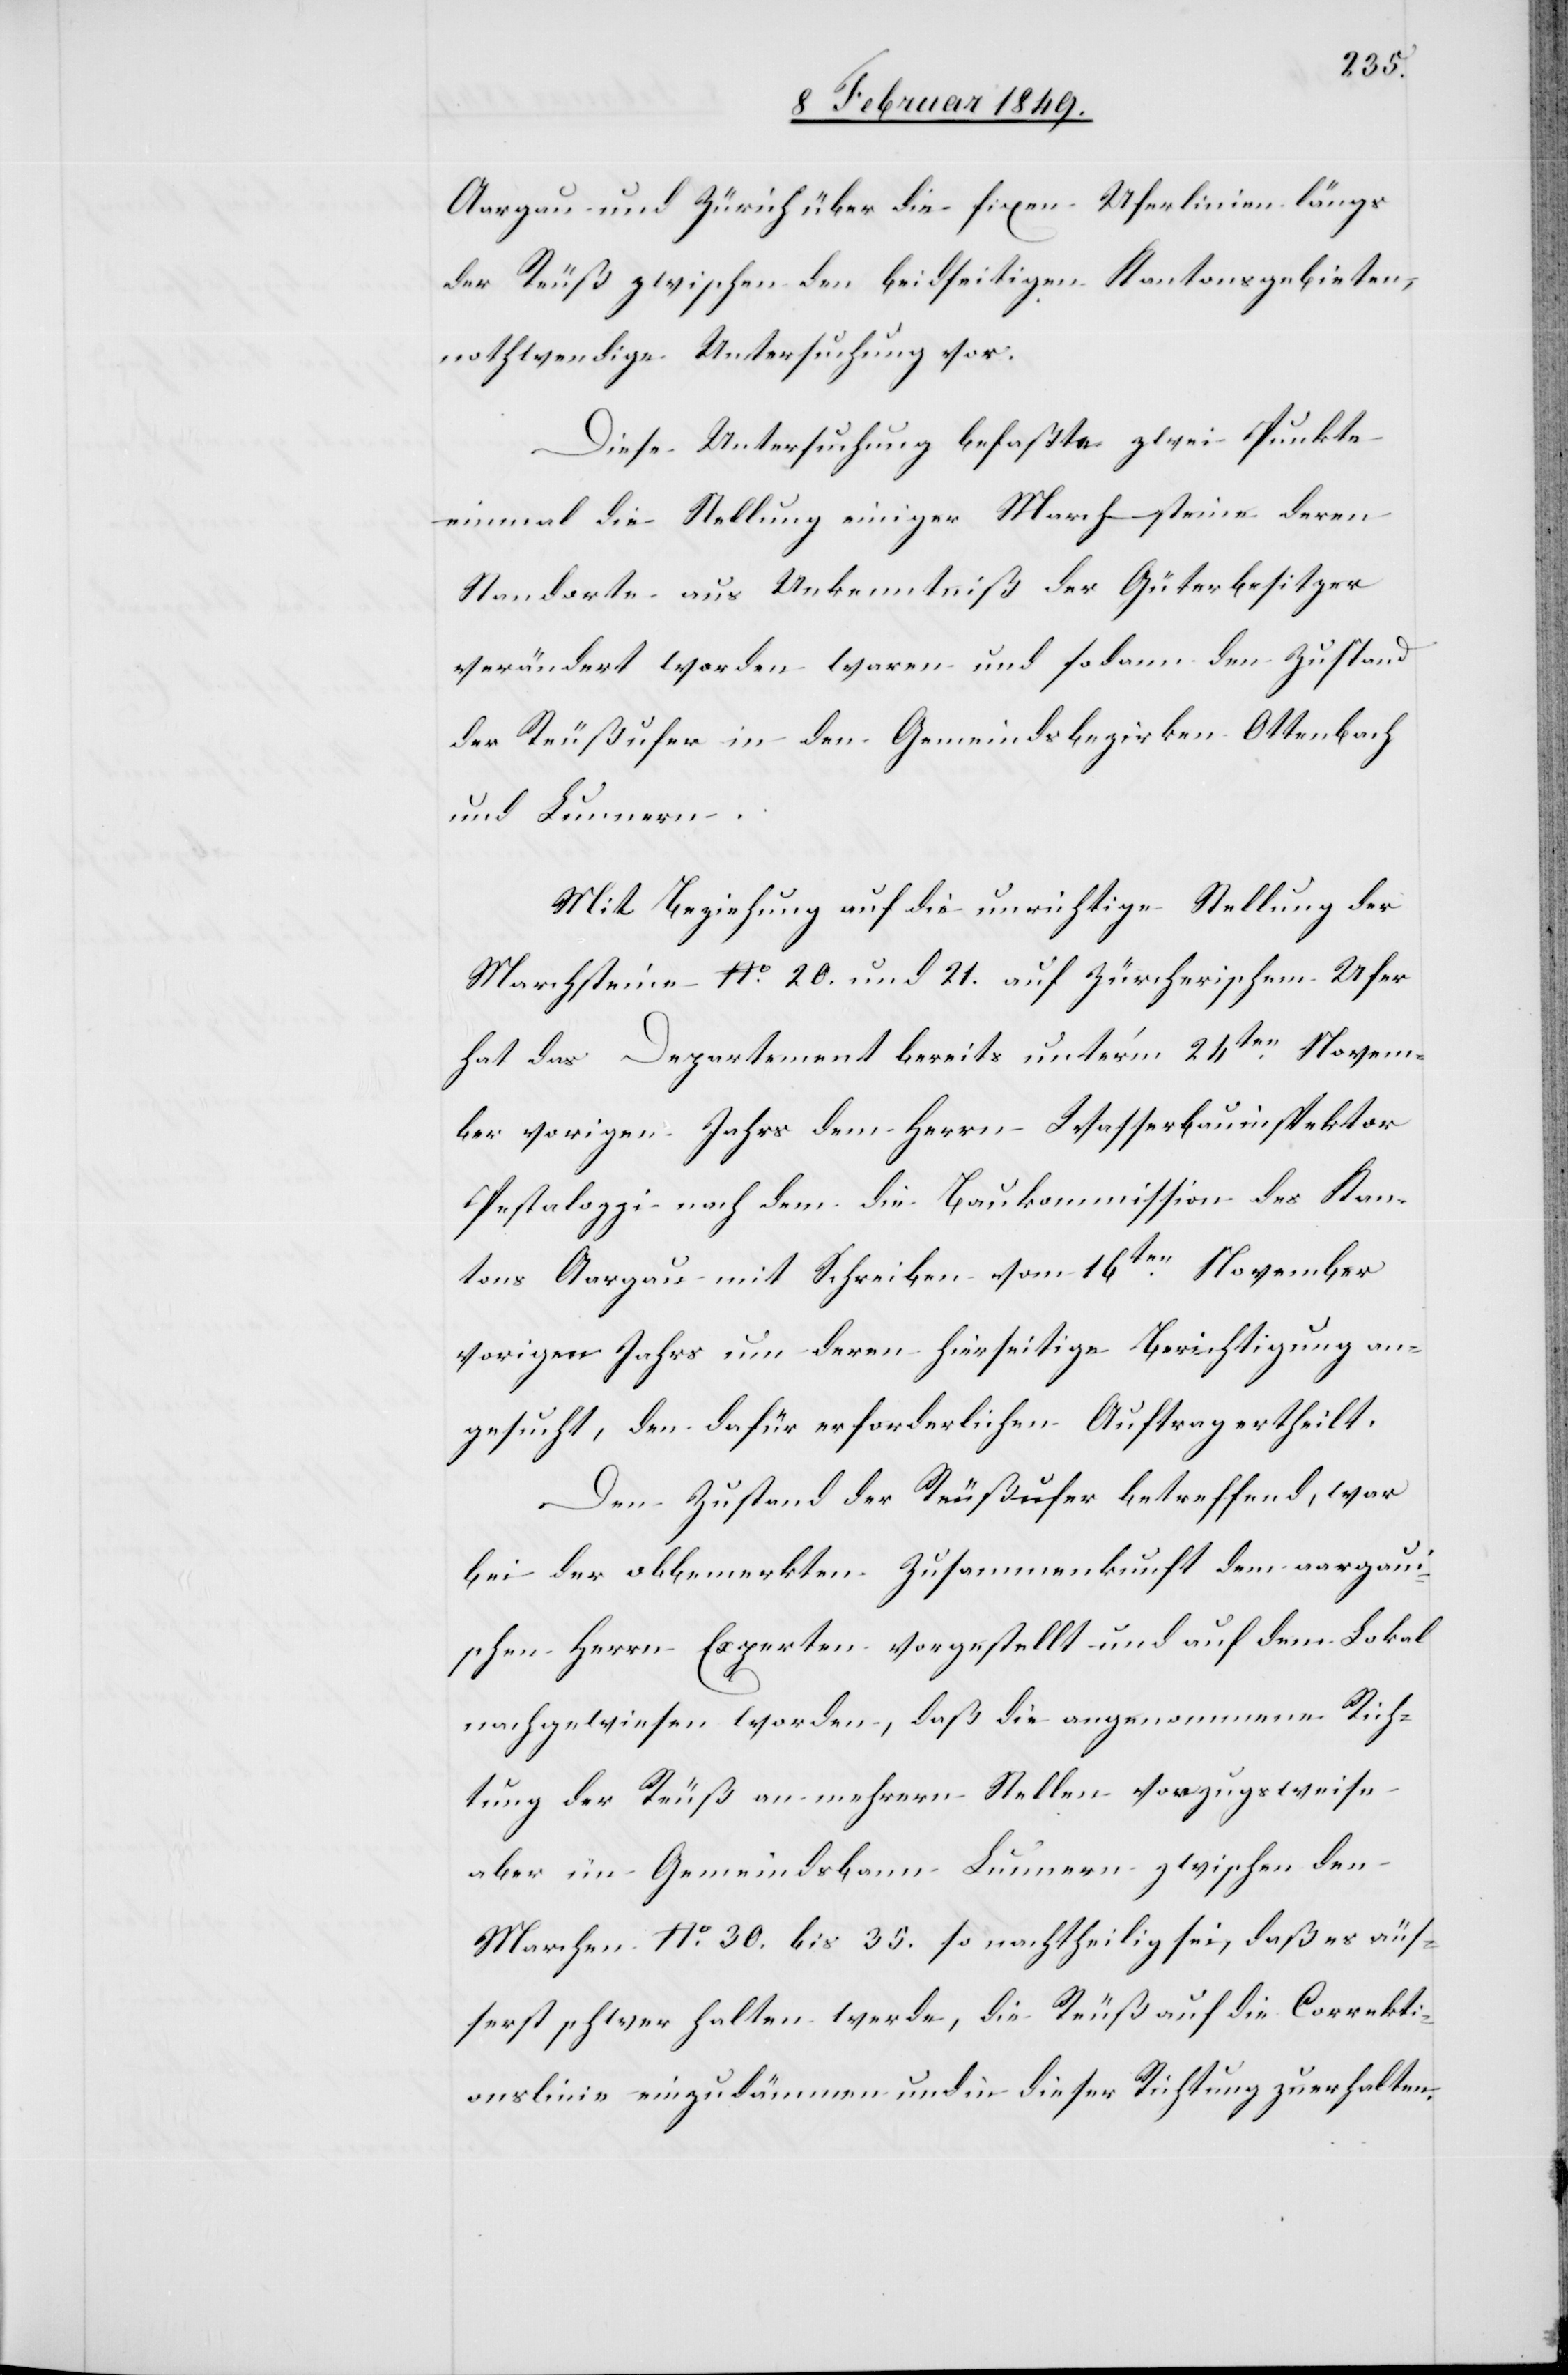
Aargau und Zürich über die fixen Uferlinien längs
der Reuß zwischen den beidseitigen Kantonsgebieten,
nothwendige Untersuchung vor.
Diese Untersuchung befaßte zwei Punkte
einmal die Stellung einiger Marchsteine deren
Standorte aus Unkenntniß der Güterbesitzer
verändert worden waren und sodann den Zustand
der Reußufer in den Gemeindsbezirken Ottenbach
und Lunnern.
Mit Beziehung auf die unrichtige Stellung der
Marchsteine No. 20. und 21. auf Zürcherischem Ufer
hat das Departement bereits unter’m 24ten. Novem¬
ber vorigen Jahrs dem Herrn Wasserbauinspektor
Pestalozzi nach dem die Baukommission des Stan¬
des Aargau mit Schreiben vom 16ten. November
vorigen Jahrs um deren hierseitige Berichtigung an¬
gesucht, den dafür erforderlichen Auftrag ertheilt.
Den Zustand der Reußufer betreffend, war
bei der obbemerkten Zusammenkunft dem aargaui¬
schen Herrn Experten vorgestellt und auf dem Lokal
nachgewiesen worden, daß die angenommene Rich¬
tung der Reuß an mehrern Stellen vorzugsweise
aber im Gemeindsbann Lunnern zwischen den
Marchen No. 30. bis 35. so nachtheilig sei, daß es äuß¬
erst schwer halten werde, die Reuß auf die Correkti¬
onslinie einzudämmen und in dieser Richtung zu erhalten,